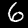
Label: 6